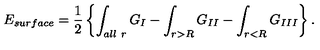
E _ { s u r f a c e } = { \frac { 1 } { 2 } } \left\{ \int _ { \small a l l \ r } G _ { I } - \int _ { r > R } G _ { I I } - \int _ { r < R } G _ { I I I } \right\} .